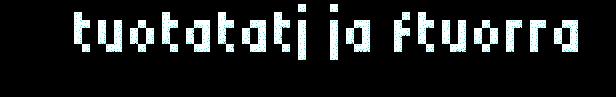
tuotatatj ja ftuorra